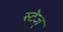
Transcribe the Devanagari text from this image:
स्टेज्